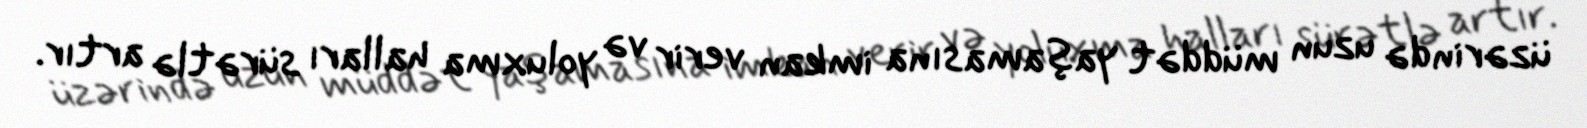
üzərində uzun müddət yaşamasına imkan verir və yoluxma halları sürətlə artır.